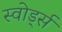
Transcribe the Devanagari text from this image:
स्वोर्ड्स